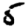
Digit: 5